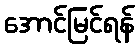
အောင်မြင်ရန်